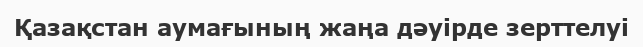
Қазақстан аумағының жаңа дәуірде зерттелуі